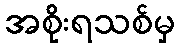
အစိုးရသစ်မှ